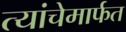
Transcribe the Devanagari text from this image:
त्यांचेमार्फत